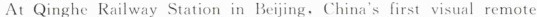
At Qinghe Railway Station in Beijing. China's first visual remote